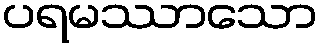
ပရမဿာသော